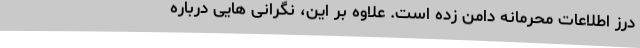
درز اطلاعات محرمانه دامن زده است. علاوه بر این، نگرانی هایی درباره